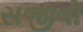
સજીવો